Scientific memoirs by medical officers of the Army of India - Part VIII,
Year: 1894
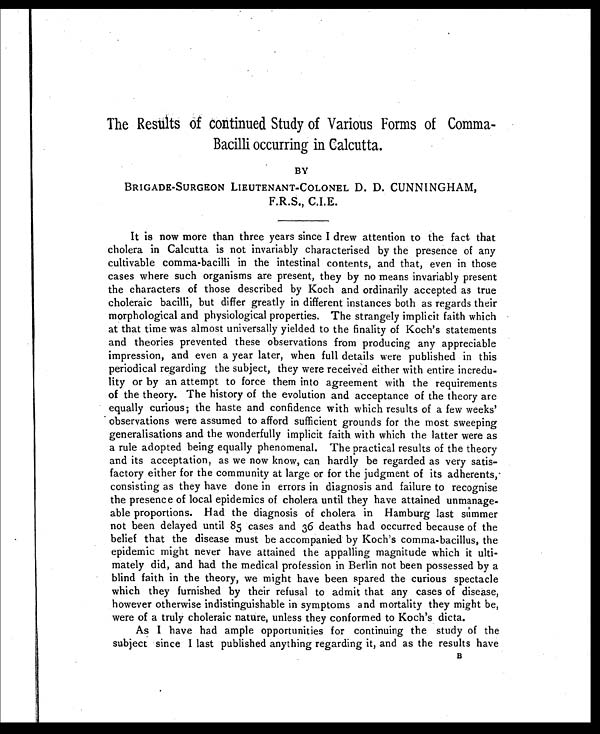
The Results of continued Study of Various Forms of Comma-
Bacilli occurring in Calcutta.
BY
BRIGADE-SURGEON LIEUTENANT-COLONEL D. D. CUNNINGHAM,
F.R.S., C.I.E.
It is now more than three years since I drew attention to the fact that
cholera in Calcutta is not invariably characterised by the presence of any
cultivable comma-bacilli in the intestinal contents, and that, even in those
cases where such organisms are present, they by no means invariably present
the characters of those described by Koch and ordinarily accepted as true
choleraic bacilli, but differ greatly in different instances both as regards their
morphological and physiological properties. The strangely implicit faith which
at that time was almost universally yielded to the finality of Koch's statements
and theories prevented these observations from producing any appreciable
impression, and even a year later, when full details were published in this
periodical regarding the subject, they were received either with entire incredu-
lity or by an attempt to force them into agreement with the requirements
of the theory. The history of the evolution and acceptance of the theory are
equally curious; the haste and confidence with which results of a few weeks'
• observations were assumed to afford sufficient grounds for the most sweeping
generalisations and the wonderfully implicit faith with which the latter were as
a rule adopted being equally phenomenal. The practical results of the theory
and its acceptation, as we now know, can hardly be regarded as very satis-
factory either for the community at large or for the judgment of its adherents,-
consisting as they have done in errors in diagnosis and failure to recognise
the presence of local epidemics of cholera until they have attained unmanage-
able proportions. Had the diagnosis of cholera in Hamburg last summer
not been delayed until 85 cases and 36 deaths had occurred because of the
belief that the disease must be accompanied by Koch's comma-bacillus, the
epidemic might never have attained the appalling magnitude which it ulti-
mately did, and had the medical profession in Berlin not been possessed by a
blind faith in the theory, we might have been spared the curious spectacle
which they furnished by their refusal to admit that any cases of disease,
however otherwise indistinguishable in symptoms and mortality they might be,
were of a truly choleraic nature, unless they conformed to Koch's dicta.
As I have had ample opportunities for continuing the study of the
subject since I last published anything regarding it, and as the results have